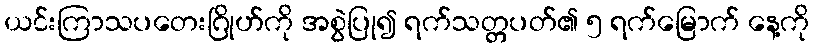
ယင်းကြာသပတေးဂြိုဟ်ကို အစွဲပြု၍ ရက်သတ္တပတ်၏ ၅ ရက်မြောက် နေ့ကို